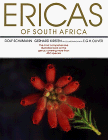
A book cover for Ericas of South Africa; Dolf Schumann; Crafts, Hobbies & Home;